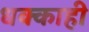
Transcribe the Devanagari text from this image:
धक्काही